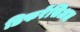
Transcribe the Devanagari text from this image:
डिफरेंसिअल